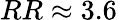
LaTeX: RR\approx 3.6\